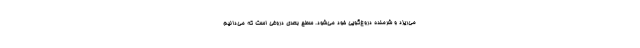
می‌ریزد و شرمنده دروغ‌گویی خود می‌شود. سطح بعدی دروغی است که می‌دانیم